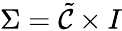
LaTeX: \Sigma=\tilde{\cal{C}}\times I